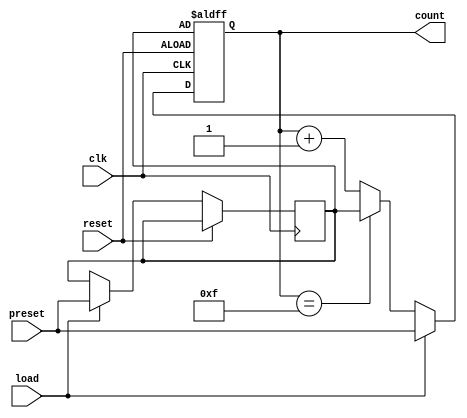
module presettable_counter #(
    parameter WIDTH = 4 // Width of the counter (number of bits)
)(
    input wire clk,         // Clock signal
    input wire reset,       // Asynchronous reset signal
    input wire [WIDTH-1:0] preset, // Preset value input
    input wire load,        // Load signal to load preset value
    output reg [WIDTH-1:0] count // Current count output
);

    // Internal register to hold the preset value
    reg [WIDTH-1:0] preset_reg;

    // Maximum count value
    localparam MAX_COUNT = (1 << WIDTH) - 1;

    always @(posedge clk or posedge reset) begin
        if (reset) begin
            // On reset, load the counter with the preset value
            count <= preset_reg;
        end else if (load) begin
            // On load, store the preset value into the preset register
            preset_reg <= preset;
            count <= preset; // Load the preset value into the counter
        end else begin
            // Increment the counter
            if (count == MAX_COUNT) begin
                count <= preset_reg; // Roll over to preset value
            end else begin
                count <= count + 1; // Increment counter
            end
        end
    end

endmodule